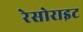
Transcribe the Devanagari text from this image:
रेसोराइट